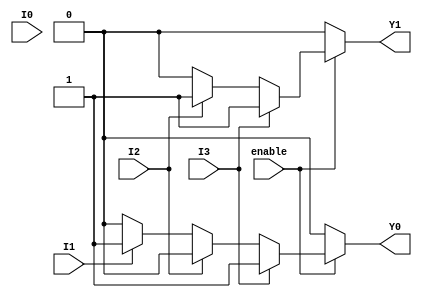
module encoder_4to2 (
    input wire I0,    // Input 0
    input wire I1,    // Input 1
    input wire I2,    // Input 2
    input wire I3,    // Input 3
    input wire enable, // Enable signal
    output reg Y1,    // Output 1
    output reg Y0     // Output 0
);

always @(*) begin
    if (!enable) begin
        // If enable is low, set outputs to 00
        Y1 = 0;
        Y0 = 0;
    end else begin
        // Priority encoding
        if (I3) begin
            Y1 = 1; // I3 active
            Y0 = 1;
        end else if (I2) begin
            Y1 = 1; // I2 active
            Y0 = 0;
        end else if (I1) begin
            Y1 = 0; // I1 active
            Y0 = 1;
        end else if (I0) begin
            Y1 = 0; // I0 active
            Y0 = 0;
        end else begin
            // No active input
            Y1 = 0;
            Y0 = 0;
        end
    end
end

endmodule